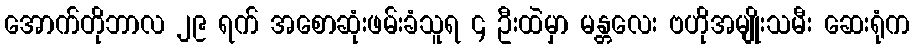
အောက်တိုဘာလ ၂၉ ရက် အစောဆုံးဖမ်းခံသူရ ၄ ဦးထဲမှာ မန္တလေး ဗဟိုအမျိုးသမီး ဆေးရုံက